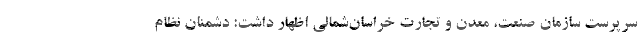
سرپرست سازمان صنعت، معدن و تجارت خراسان‌شمالی اظهار داشت: دشمنان نظام